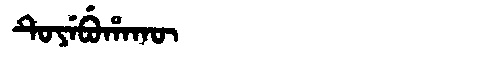
Manchu: ᡨᡠᠶᡝᠪᡠᡥᠠᡴᡡ
Romanization: TUYEBUHAKŪ